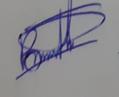
Signature authenticity: genuine